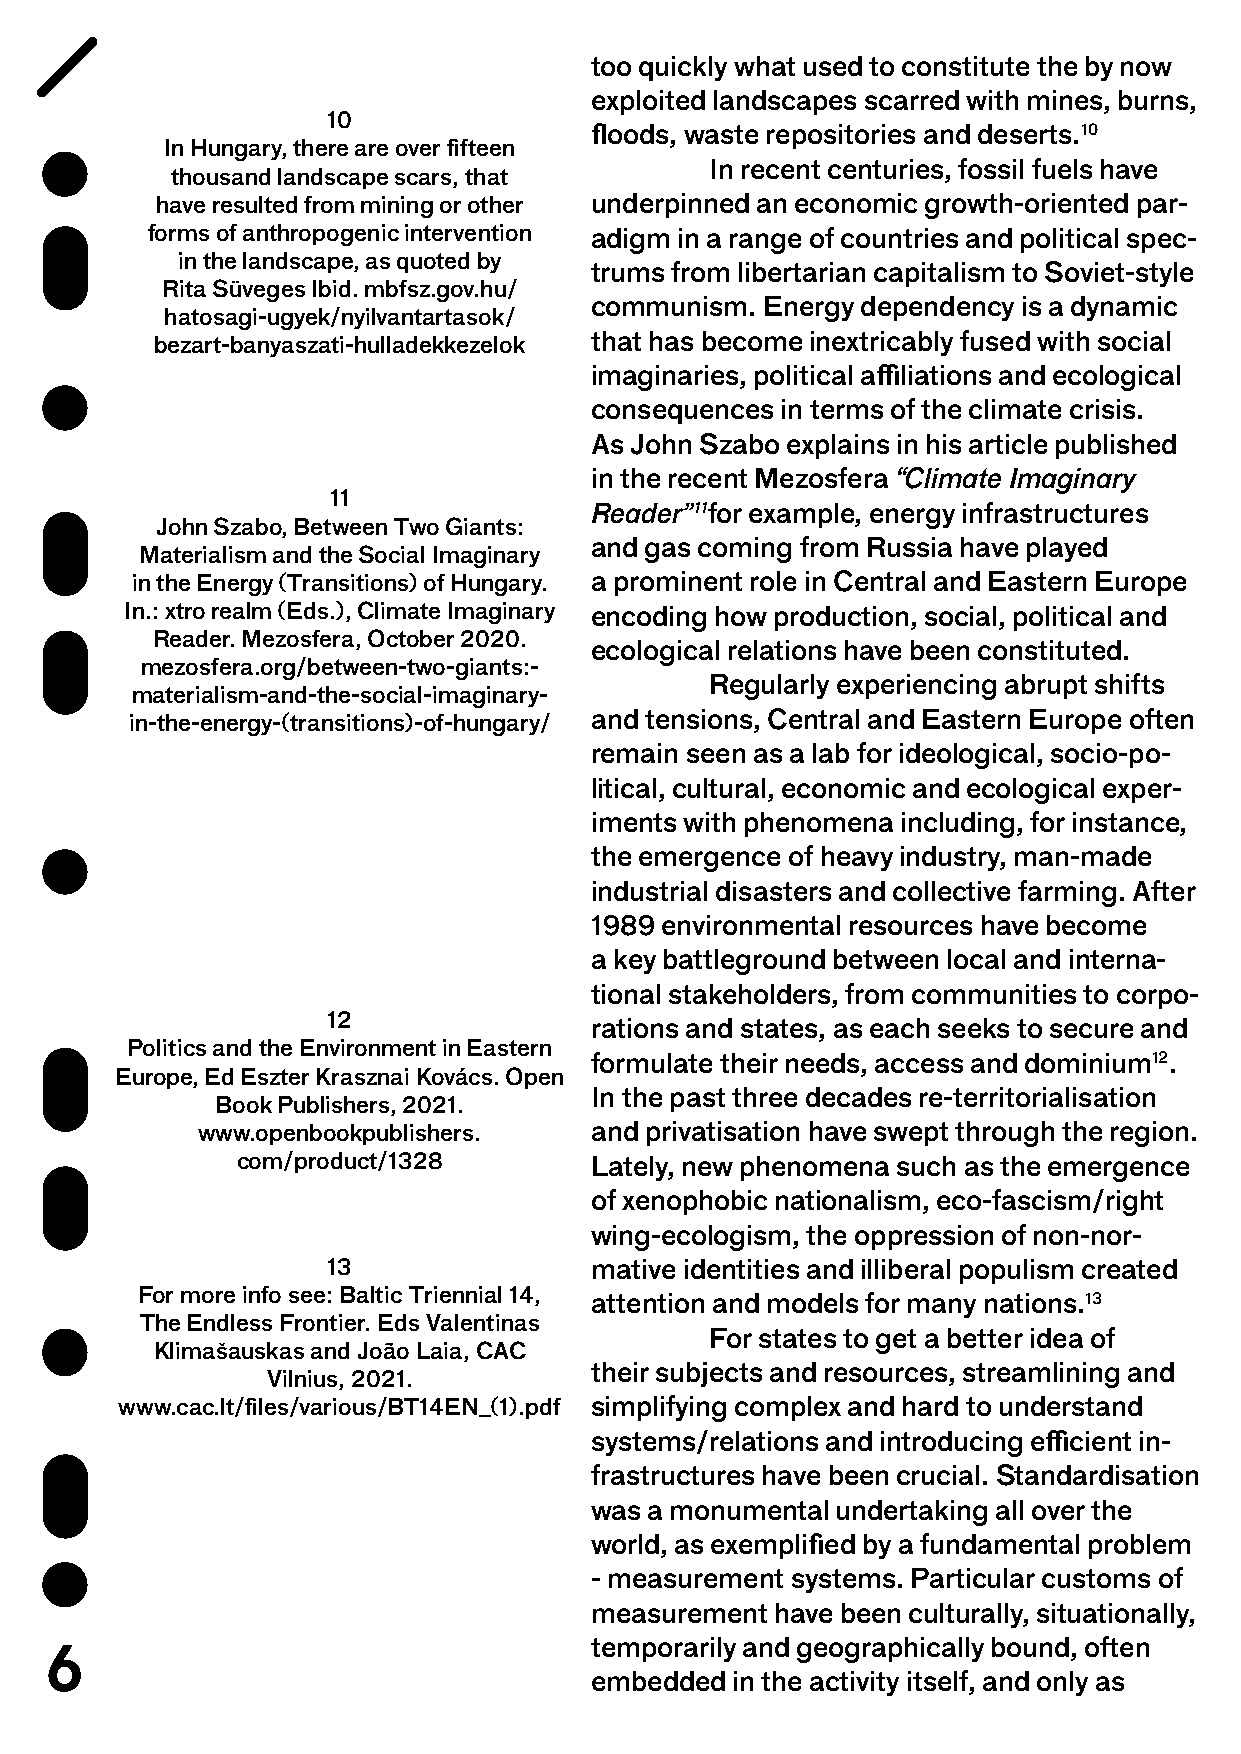
too quickly what used to constitute the by now
 exploited landscapes scarred with mines, burns,
 10
 floods, waste repositories and deserts.10
 In Hungary, there are over fifteen
 In recent centuries, fossil fuels have
 thousand landscape scars, that
 have resulted from mining or other underpinned an economic growth-oriented par-
 forms of anthropogenic intervention adigm in a range of countries and political spec-
 in the landscape, as quoted by
 trums from libertarian capitalism to Soviet-style
 Rita Süveges Ibid. mbfsz.gov.hu/
 communism. Energy dependency is a dynamic
 hatosagi-ugyek/nyilvantartasok/
 bezart-banyaszati-hulladekkezelok that has become inextricably fused with social
 imaginaries, political affiliations and ecological
 consequences in terms of the climate crisis.
 As John Szabo explains in his article published
 in the recent Mezosfera “Climate Imaginary
 11
 Reader”11for example, energy infrastructures
 John Szabo, Between Two Giants:
 and gas coming from Russia have played
 Materialism and the Social Imaginary
 in the Energy (Transitions) of Hungary. a prominent role in Central and Eastern Europe
 In.: xtro realm (Eds.), Climate Imaginary encoding how production, social, political and
 Reader. Mezosfera, October 2020.
 ecological relations have been constituted.
 mezosfera.org/between-two-giants:-
 Regularly experiencing abrupt shifts
 materialism-and-the-social-imaginary-
 in-the-energy-(transitions)-of-hungary/ and tensions, Central and Eastern Europe often
 remain seen as a lab for ideological, socio-po-
 litical, cultural, economic and ecological exper-
 iments with phenomena including, for instance,
 the emergence of heavy industry, man-made
 industrial disasters and collective farming. After
 1989 environmental resources have become
 a key battleground between local and interna-
 tional stakeholders, from communities to corpo-
 12
 rations and states, as each seeks to secure and
 Politics and the Environment in Eastern
 formulate their needs, access and dominium12.
 Europe, Ed Eszter Krasznai Kovács. Open
 In the past three decades re-territorialisation
 Book Publishers, 2021.
 www.openbookpublishers.   and privatisation have swept through the region.
 com/product/1328       Lately, new phenomena such as the emergence
 of xenophobic nationalism, eco-fascism/right
 wing-ecologism, the oppression of non-nor-
 13               mative identities and illiberal populism created
 For more info see: Baltic Triennial 14,
 attention and models for many nations.13
 The Endless Frontier. Eds Valentinas
 For states to get a better idea of
 Klimašauskas and João Laia, CAC
 their subjects and resources, streamlining and
 Vilnius, 2021.
 www.cac.lt/files/various/BT14EN_(1).pdf simplifying complex and hard to understand
 systems/relations and introducing efficient in-
 frastructures have been crucial. Standardisation
 was a monumental undertaking all over the
 world, as exemplified by a fundamental problem
 - measurement systems. Particular customs of
 measurement have been culturally, situationally,
 6                                   temporarily and geographically bound, often
 embedded in the activity itself, and only as